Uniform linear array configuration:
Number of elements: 16
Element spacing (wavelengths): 1
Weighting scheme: uniform
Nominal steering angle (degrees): -15
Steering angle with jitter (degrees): -15.375
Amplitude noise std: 0.05
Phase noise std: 0.05

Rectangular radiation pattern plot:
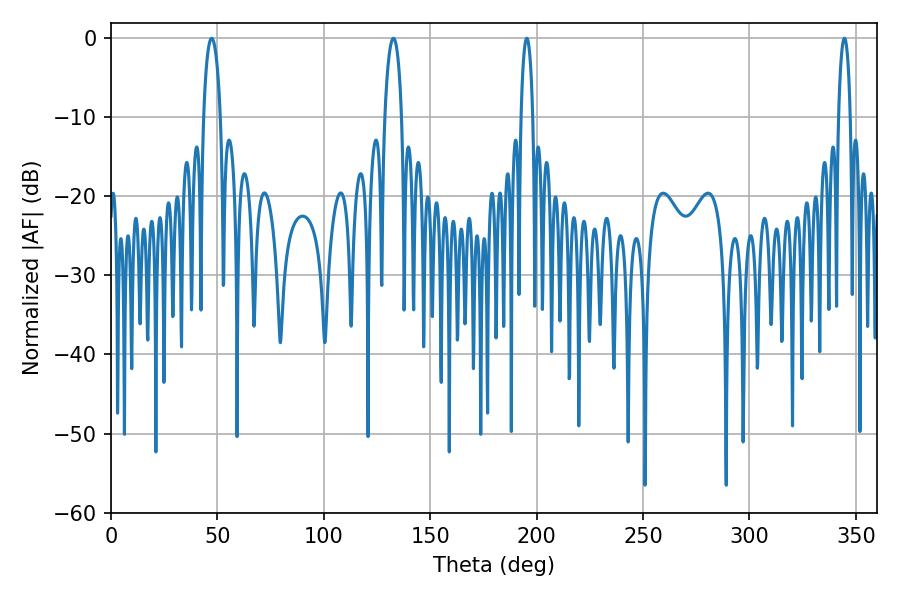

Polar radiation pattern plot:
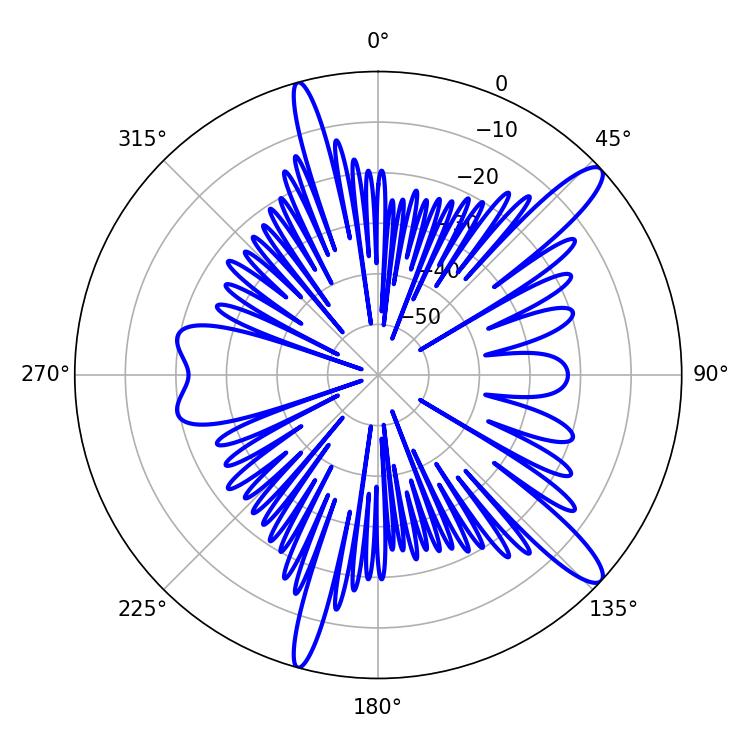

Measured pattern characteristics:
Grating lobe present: TRUE
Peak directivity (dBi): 13.162
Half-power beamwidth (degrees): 4.32
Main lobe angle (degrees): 132.66